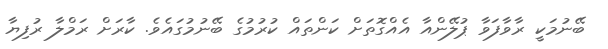
ބޭނުމަކީ ރާވާފަވާ ޕުލޭންއާ އެއްގޮތަށް ކަންތައް ކުރުމުގެ ބޭނުމުގައެވެ. ކާރަށް ރަމްލާ ރުފިޔާ